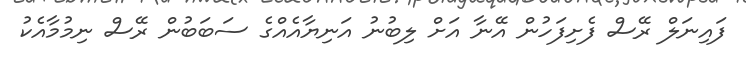
ފައިނަލް ރޭސް ފެށިފަހުން އޭނާ އަށް ލިބުނު އަނިޔާއެއްގެ ސަބަބުން ރޭސް ނިމުމާއެކު